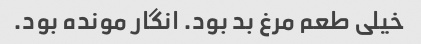
خیلی طعم مرغ بد بود. انگار مونده بود.